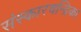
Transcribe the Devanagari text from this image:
संस्कारचन्द्रिका